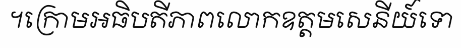
។ក្រោមអធិបតីភាពលោកឧត្តមសេនីយ៍ទោ